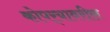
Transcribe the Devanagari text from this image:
कोपर्‍यावरील